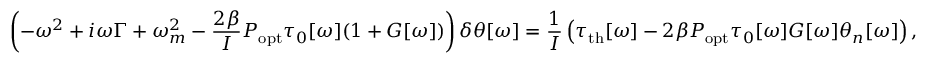
\left( - \omega ^ { 2 } + i \omega \Gamma + \omega _ { m } ^ { 2 } - \frac { 2 \beta } { I } P _ { \mathrm { o p t } } \tau _ { 0 } [ \omega ] ( 1 + G [ \omega ] ) \right) \delta \theta [ \omega ] = \frac { 1 } { I } \left( \tau _ { \mathrm { { t h } } } [ \omega ] - 2 \beta P _ { \mathrm { o p t } } \tau _ { 0 } [ \omega ] G [ \omega ] \theta _ { n } [ \omega ] \right) ,